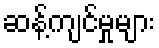
ဆန့်ကျင်မှုများ